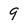
Character: 9